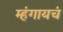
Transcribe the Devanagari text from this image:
म्हंगायचं